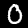
Digit: 0